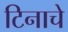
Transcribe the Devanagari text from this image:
टिनाचे